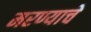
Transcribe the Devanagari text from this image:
मरण्याचे